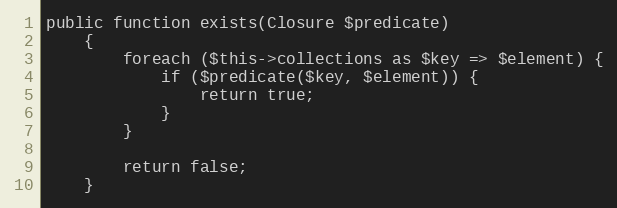
Language: PHP
public function exists(Closure $predicate)
    {
        foreach ($this->collections as $key => $element) {
            if ($predicate($key, $element)) {
                return true;
            }
        }

        return false;
    }